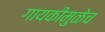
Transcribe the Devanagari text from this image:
गायकीमुळेच